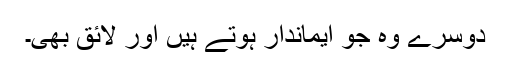
دوسرے وہ جو ایماندار ہوتے ہیں اور لائق بھی۔